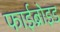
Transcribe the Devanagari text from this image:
फाईब्रोइड